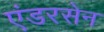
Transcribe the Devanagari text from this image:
एंडरसेन